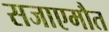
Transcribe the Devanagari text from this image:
सजाएमौत